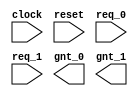
module DMA(

clock      , // clock
reset      , // Active high, syn reset
req_0      , // Request 0
req_1      , // Request 1
gnt_0      , // Grant 0
gnt_1
);
 input   clock,reset,req_0,req_1;
 output  gnt_0,gnt_1;
 wire    clock,reset,req_0,req_1;
 reg     gnt_0,gnt_1;
 parameter SIZE = 3
         ;
 parameter ST_STOP  = 2'b00,ST_FDS = 2'b01,ST_CADR = 2'b10, ST_TFR = 2'b11;

 reg   [SIZE-1:0]          state        ;// Seq part of the FSM
 wire  [SIZE-1:0]          next_state   ;// combo part of FSM




    assign next_state = fsm_function(state, req_0, req_1);


    function [SIZE-1:0] fsm_function;

    input  [SIZE-1:0]  state ;
    input    req_0 ;
    input    req_1 ;



    case(state)
     ST_STOP : if (req_0 == 1'b1) begin  /* ADMA2 stays in this state in following cases:
                                         (1) After Power on reset or software reset.
                                         (2) All descriptor data transfers are completed
                                         If a new ADMA2 operation is started by writing Command register, go to
                                         ST_FDS state. */
                  fsm_function = ST_STOP;
                end else if (req_1 == 1'b1) begin
                  fsm_function= ST_FDS;
                end else begin
                  fsm_function = ST_CADR;
                end
     ST_FDS : if (req_0 == 1'b1) begin /* ADMA2 fetches a descriptor line and set parameters in internal registers.
                                          Next go to ST_CADR state.*/
                  fsm_function = ST_TFR;
                end else begin
                  fsm_function = ST_STOP;
                end
     ST_CADR : if (req_1 == 1'b1) begin  /* Link operation loads another Descriptor address to ADMA System Address
                                            register. In other operations, ADMA System Address register is
                                            incremented to point next descriptor line. If End=0, go to ST_TFR state.
                                            ADMA2 shall not be stopped at this state even if some errors occur.  */
                  fsm_function = ST_CADR;
            end else begin
                  fsm_function = ST_TFR;
                end
    ST_TFR : if(req_0 == 1'b1) begin   /* Data transfer of one descriptor line is executed between system memory
                                          and SD card. If data transfer continues (End=0) go to ST_FDS state. If data
                                          transfer completes, go to ST_STOP state. */
                fsm_function = ST_STOP;
                end else begin
                  fsm_function = ST_TFR;
                end
    //  default : fsm_function = IDLE;
    endcase
 endfunction





endmodule